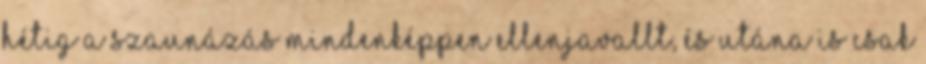
hétig a szaunázás mindenképpen ellenjavallt, és utána is csak